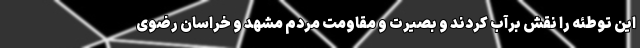
این توطئه را نقش برآب کردند و بصیرت و مقاومت مردم مشهد و خراسان رضوی